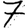
Digit: 7